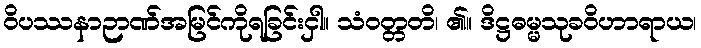
ဝိပဿနာဉာဏ်အမြင်ကိုရခြင်းငှါ။ သံဝတ္တတိ၊ ၏။ ဒိဋ္ဌဓမ္မသုခဝိဟာရာယ၊